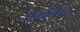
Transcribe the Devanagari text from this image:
एकजिमा